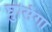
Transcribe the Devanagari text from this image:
घुसिंगा